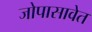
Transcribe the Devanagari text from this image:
जोपासावेत